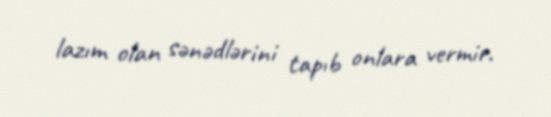
lazım olan sənədlərini tapıb onlara vermir.